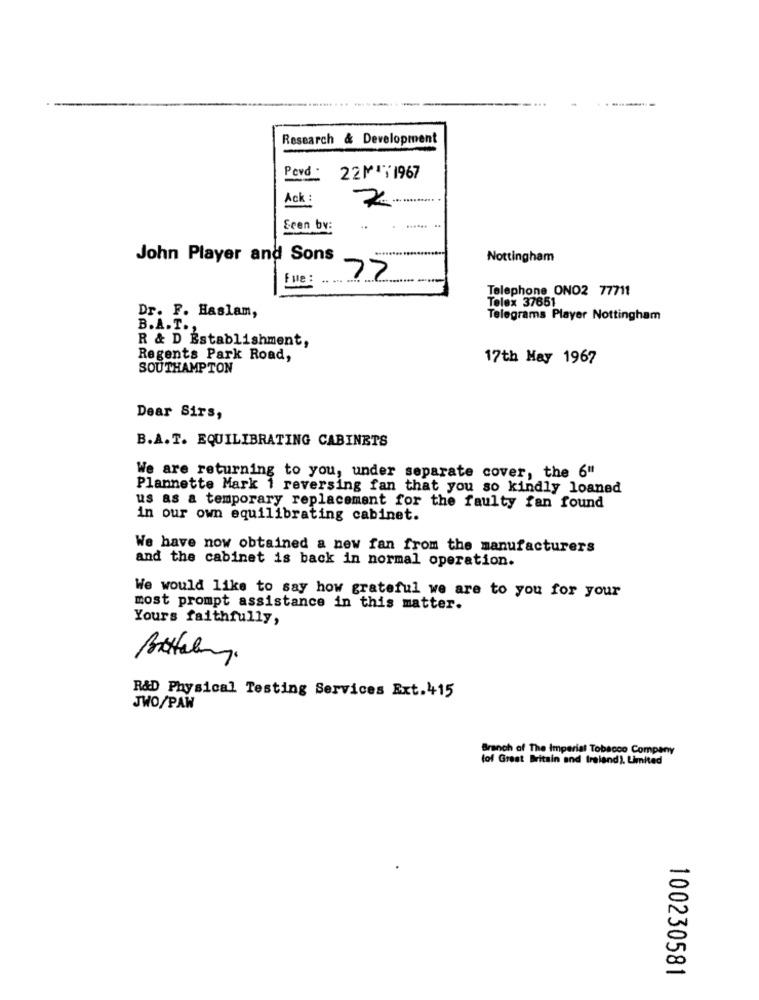
Research & Development
Pevd : 221;1967
Ack :
Seen by:
John Player and Sons
Nottingham
Fue :
72
Telephone ONO2 77711
Telex 37651
Dr. F. Haslam,
Telegrams Player Nottingham
B.A.T.
R & D Establishment,
Regents Park Road,
17th May 1967
SOUTHAMPTON
Dear Sirs,
B.A.T. EQUILIBRATING CABINETS
We are returning to you, under separate cover, the 6"
Plannette Mark 1 reversing fan that you so kindly loaned
us as a temporary replacement for the faulty fan found
in our own equilibrating cabinet.
We have now obtained a new fan from the manufacturers
and the cabinet is back in normal operation.
We would like to say how grateful we are to you for your
most prompt assistance in this matter.
Yours faithfully,
R&D Physical Testing Services Ext.415
JWO/PAW
Branch of The Imperial Tobacco Company
(of Great Britain and Ireland). Limited
100230581